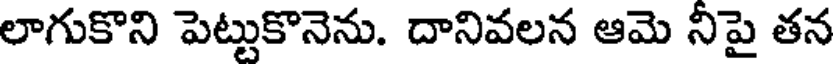
లాగుకొని పెట్టుకొనెను. దానివలన ఆమె నీపై తన